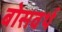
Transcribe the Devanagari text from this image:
बोसवर्थ